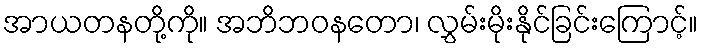
အာယတနတို့ကို။ အဘိဘဝနတော၊ လွှမ်းမိုးနိုင်ခြင်းကြောင့်။